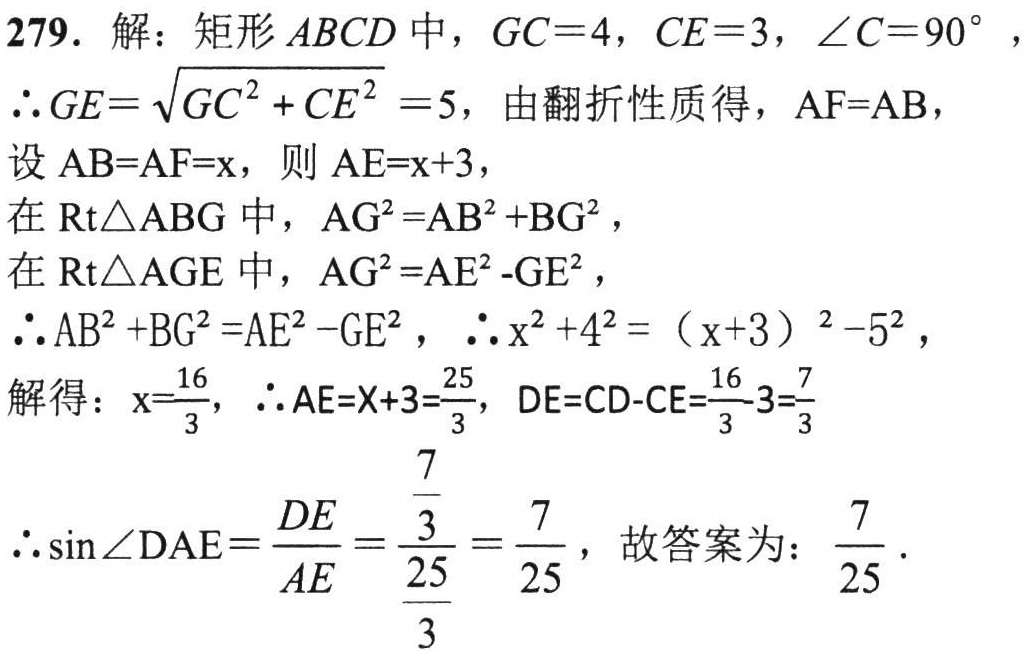
279. 解：矩形\(ABCD\)中，\(GC = 4\)，\(CE = 3\)，\(\angle C = 90^{\circ}\)，
\(\therefore GE=\sqrt{GC^{2}+CE^{2}} = 5\)，由翻折性质得，\(AF = AB\)，
设\(AB = AF = x\)，则\(AE = x + 3\)，
在\(Rt\triangle ABG\)中，\(AG^{2}=AB^{2}+BG^{2}\)，
在\(Rt\triangle AGE\)中，\(AG^{2}=AE^{2}-GE^{2}\)，
\(\therefore AB^{2}+BG^{2}=AE^{2}-GE^{2}\)，\(\therefore x^{2}+4^{2}=(x + 3)^{2}-5^{2}\)，
解得：\(x = \frac{16}{3}\)，\(\therefore AE = x + 3=\frac{25}{3}\)，\(DE = CD - CE=\frac{16}{3}-3=\frac{7}{3}\)
\(\therefore \sin\angle DAE=\frac{DE}{AE}=\frac{\frac{7}{3}}{\frac{25}{3}}=\frac{7}{25}\)，故答案为：\(\frac{7}{25}\).